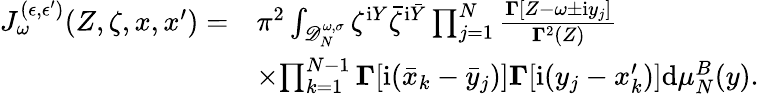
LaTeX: \begin{array}{rl}{J_{\omega}^{(\epsilon,\epsilon^{\prime})}(Z,\zeta,x,x^{\prime})=}&{\pi^{2}\int_{\mathscr D_{N}^{\omega,\sigma}}\zeta^{\mathrm{i}Y}\bar{\zeta}^{\mathrm{i}\bar{Y}}\prod_{j=1}^{N}\frac{\boldsymbol\Gamma[Z-\omega\pm\mathrm{i}y_{j}]}{\boldsymbol\Gamma^{2}(Z)}}\\ &{\times{\prod_{k=1}^{N-1}\boldsymbol\Gamma[\mathrm{i}(\bar{x}_{k}-\bar{y}_{j})]\boldsymbol\Gamma[\mathrm{i}(y_{j}-x_{k}^{\prime})]}\mathrm{d}\mu_{N}^{B}(y).}\end{array}